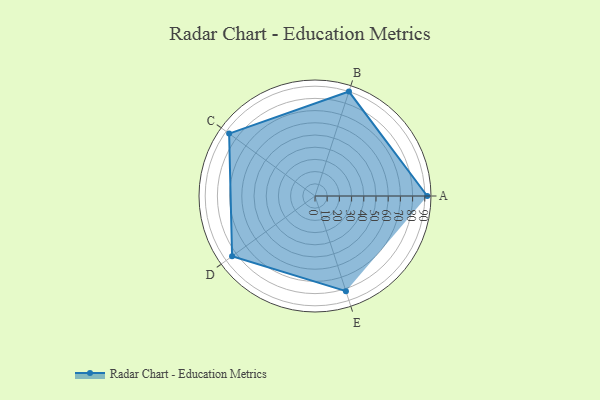
{"axis": {"x": "Skill", "y": "Score"}, "legend": ["Profile"], "data": [{"x": "A", "y": 92.0, "type": "Profile"}, {"x": "B", "y": 90.0, "type": "Profile"}, {"x": "C", "y": 87.0, "type": "Profile"}, {"x": "D", "y": 84.0, "type": "Profile"}, {"x": "E", "y": 82.0, "type": "Profile"}]}